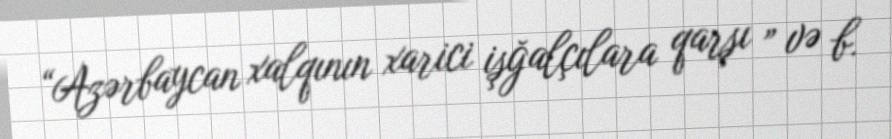
“Azərbaycan xalqının xarici işğalçılara qarşı ” və b.